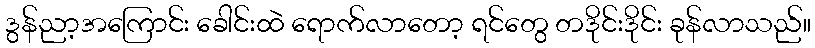
ဒွန်ညာ့အကြောင်း ခေါင်းထဲ ရောက်လာတော့ ရင်တွေ တဒိုင်းဒိုင်း ခုန်လာသည်။